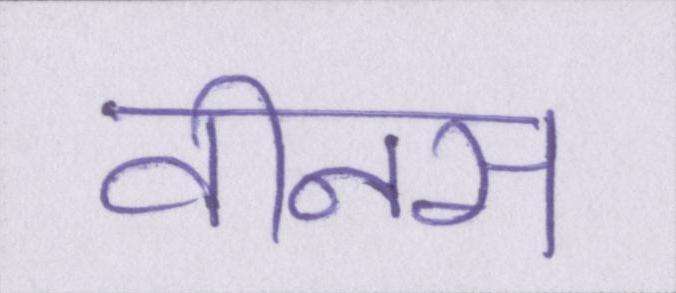
वीनस